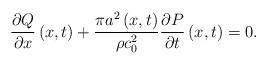
LaTeX: \begin{align*}\frac{\partial Q}{\partial x}\left(x,t\right)+\frac{\pi a^{2}\left(x,t\right)}{\rho c_{0}^{2}}\frac{\partial P}{\partial t}\left(x,t\right)=0.\end{align*}